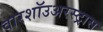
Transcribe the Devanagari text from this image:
वारशॉउअरस्ट्रास